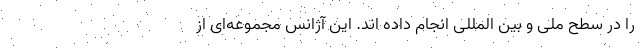
را در سطح ملی و بین المللی انجام داده اند. این آژانس مجموعه‌ای از